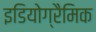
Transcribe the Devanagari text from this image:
इडियोग्रैमिक